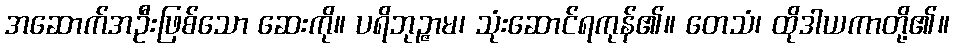
အဆောက်အဦးဖြစ်သော ဆေးကို။ ပရိဘုဉ္ဇာမ၊ သုံးဆောင်ရကုန်၏။ တေသံ၊ ထိုဒါယကာတို့၏။